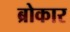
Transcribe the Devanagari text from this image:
ब्रोकार